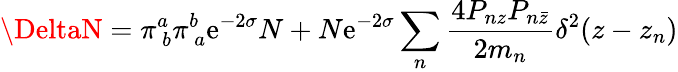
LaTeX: \DeltaN=\pi_{\ b}^{a}\pi_{\ a}^{b}\mathrm{e}^{-2\sigma}N+N\mathrm{e}^{-2\sigma}\sum_{n}\frac{{4P_{nz}P_{n\bar{{z}}}}}{{2m_{n}}}\delta^{2}(z-z_{n})